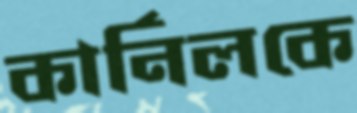
কার্নিলকে